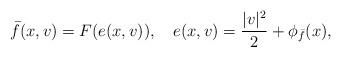
LaTeX: \begin{align*}\bar f(x,v)=F(e(x,v)), \quad e(x,v)=\frac{|v|^2}{2}+\phi_{\bar f}(x),\end{align*}